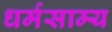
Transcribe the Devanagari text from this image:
धर्मसाम्य